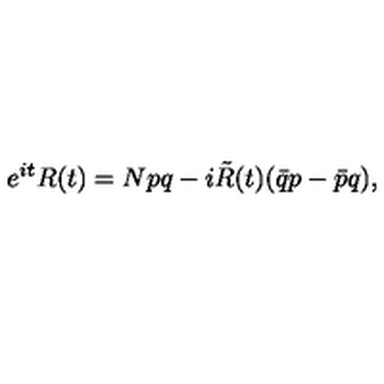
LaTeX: e ^ { i t } R ( t ) = N p q - i \tilde { R } ( t ) ( \bar { q } p - \bar { p } q ) ,